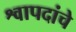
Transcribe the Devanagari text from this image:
श्वापदांचे